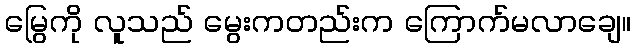
မြွေကို လူသည် မွေးကတည်းက ကြောက်မလာချေ။